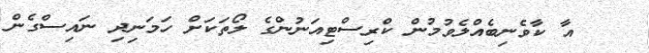
އާ ކާވެނިބެއްލެވުމުން ކްރިސްޓިއަނުންގެ ލޯތަކަށް ހަމަނިދި ނައިސްގެން